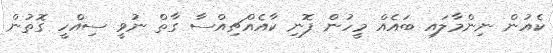
ކެއުން ނިންމާލައި ބައެއް މީހުން ފޮނި ކާއެއްޗިއްސާ ގާތް ނުވީ ސިއްހީ ގޮތުން